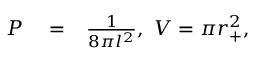
\begin{array} { r l r } { P } & { { } = } & { \frac { 1 } { 8 \pi l ^ { 2 } } , \, \, V = \pi r _ { + } ^ { 2 } , } \end{array}